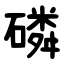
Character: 磷